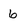
Character: 6